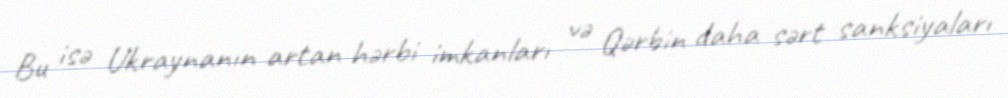
Bu isə Ukraynanın artan hərbi imkanları və Qərbin daha sərt sanksiyaları